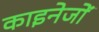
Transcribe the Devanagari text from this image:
काइनेजों